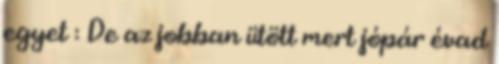
egyet : De az jobban ütött mert jópár évad